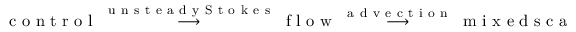
\mathrm { ~ c ~ o ~ n ~ t ~ r ~ o ~ l ~ } \stackrel { \mathrm { ~ u ~ n ~ s ~ t ~ e ~ a ~ d ~ y ~ S ~ t ~ o ~ k ~ e ~ s ~ } } { \longrightarrow } \mathrm { ~ f ~ l ~ o ~ w ~ } \stackrel { \mathrm { ~ a ~ d ~ v ~ e ~ c ~ t ~ i ~ o ~ n ~ } } { \longrightarrow } \mathrm { ~ m ~ i ~ x ~ e ~ d ~ s ~ c ~ a ~ l ~ a ~ r ~ } \longrightarrow \mathrm { ~ c ~ o ~ s ~ t ~ f ~ u ~ n ~ c ~ t ~ i ~ o ~ n ~ a ~ l ~ } .